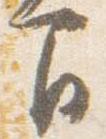
間